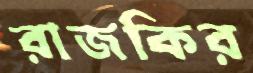
রাজকির